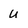
Character: U